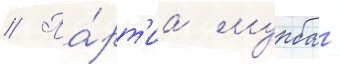
// Па́рт'иа мурба -